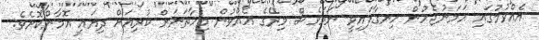
އެއްވުމުގައި ހަމަނުޖެހުން ހިނގާފައިވީ ނަމަވެސް މިރޭގެ އެއްވުން މިހާތަނަށް ކުރިއަށް ދިޔައީ އޮމާންކޮށެވެ.